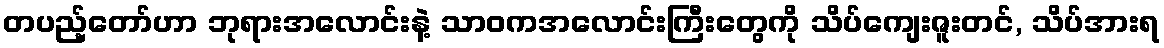
တပည့်တော်ဟာ ဘုရားအလောင်းနဲ့ သာဝကအလောင်းကြီးတွေကို သိပ်ကျေးဇူးတင်, သိပ်အားရ